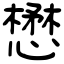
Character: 懋